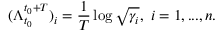
( \Lambda _ { t _ { 0 } } ^ { t _ { 0 } + T } ) _ { i } = \frac { 1 } { T } \log { \sqrt { \gamma _ { i } } } , ~ i = 1 , . . . , n . \,